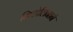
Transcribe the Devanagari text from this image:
मिशेलिनाने